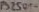
Text: PS2501